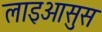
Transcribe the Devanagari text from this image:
लाइआसुस